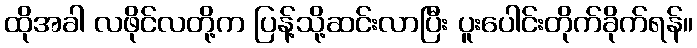
ထိုအခါ လဖိုင်လတို့က ပြန့်သို့ဆင်းလာပြီး ပူးပေါင်းတိုက်ခိုက်ရန်။